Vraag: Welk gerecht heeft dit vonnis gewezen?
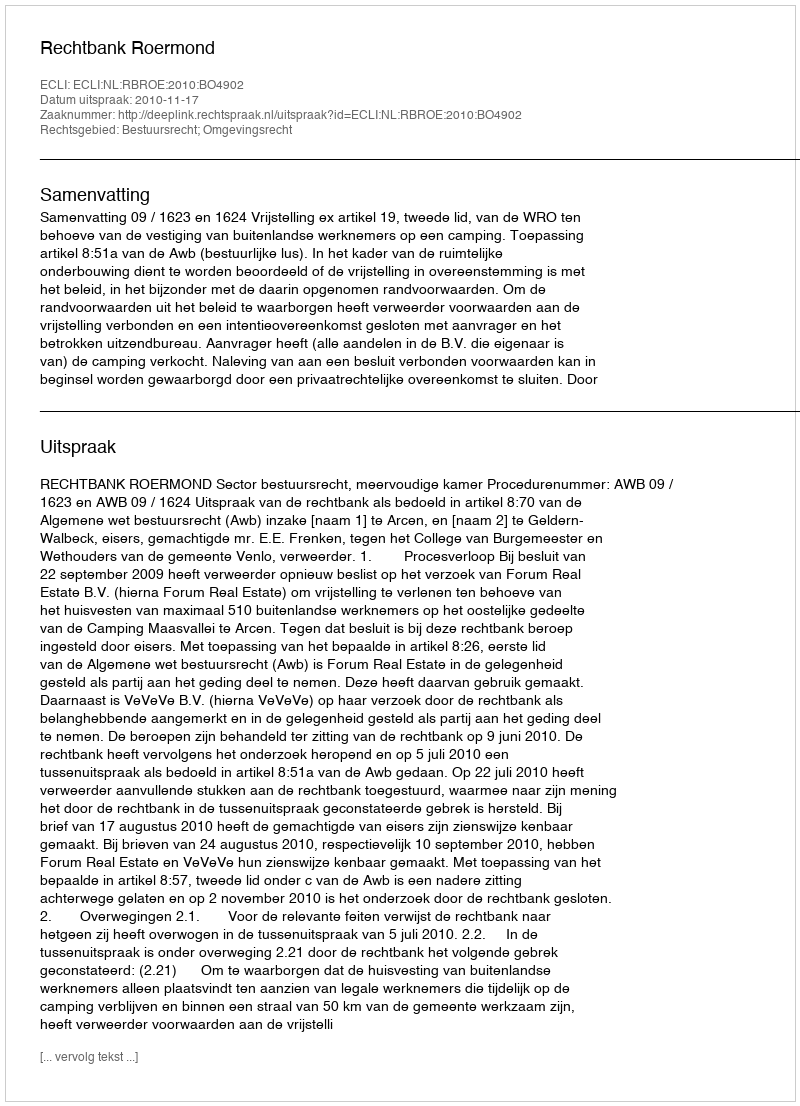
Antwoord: Rechtbank Roermond